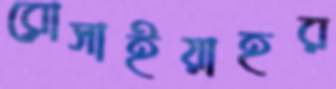
রোসাইয়াহর